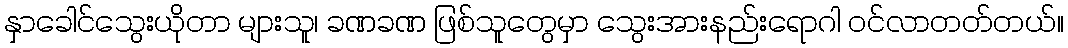
နှာခေါင်သွေးယိုတာ များသူ၊ ခဏခဏ ဖြစ်သူတွေမှာ သွေးအားနည်းရောဂါ ဝင်လာတတ်တယ်။